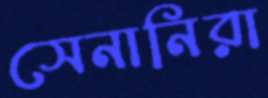
সেনানিরা